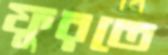
ফুরতে